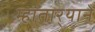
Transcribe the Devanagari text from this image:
म्हातार्‍याने